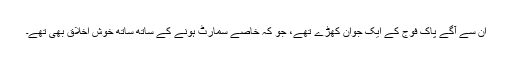
ان سے آگے پاک فوج کے ایک جوان کھڑے تھے، جو کہ خاصے سمارٹ ہونے کے ساتھ ساتھ خوش اخلاق بھی تھے۔